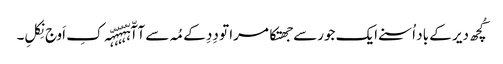
کُچھ دیر کے باد اُسنے ایک جورسے جھتکا مرا تو دِدِ کے مُہ سے آآّہّہّہّہّہّہ کِ اَوج نِکلِ۔